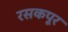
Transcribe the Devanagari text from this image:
रसकपूर